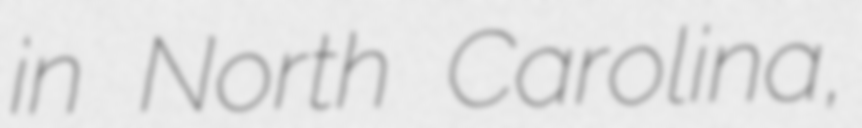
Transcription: in North Carolina,